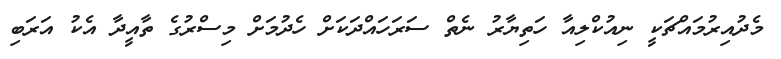
މެދުއިރުމައްޗަކީ ނިއުކްލިއާ ހަތިޔާރު ނެތް ސަރަހައްދަކަށް ހެދުމަށް މިސްރުގެ ތާއީދާ އެކު އަރަބި